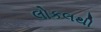
લોકલથી